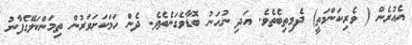
އެއުރެން ( ވެރިކަންމަތީ) ދެމިތިބެތެވެ. އަދި ނުހަނު ބޮޑާވެގަނެތެވެ. ދެން ހަމަކަށަވަރުން ތިމަންކަލޭގެފާނު